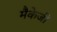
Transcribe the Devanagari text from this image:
मैकेजी